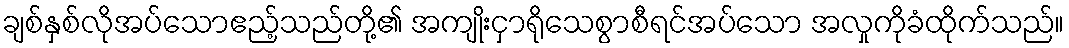
ချစ်နှစ်လိုအပ်သောဧည့်သည်တို့၏ အကျိုးငှာရိုသေစွာစီရင်အပ်သော အလှုကိုခံထိုက်သည်။